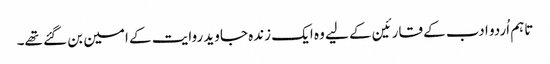
تاہم اُردو ادب کے قارئین کے لیے وہ ایک زندہ جاوید روایت کے امین بن گئے تھے۔